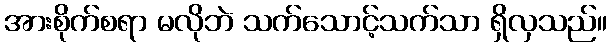
အားစိုက်စရာ မလိုဘဲ သက်သောင့်သက်သာ ရှိလှသည်။